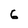
Character: 6